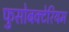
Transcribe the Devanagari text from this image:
फुसोबक्टेरियम